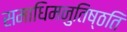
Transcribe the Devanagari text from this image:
समाधिमनुतिष्ठति